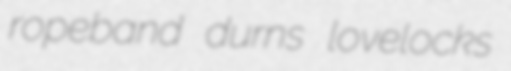
ropeband durns lovelocks